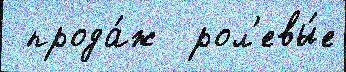
 прода́ж  рол'евы́е